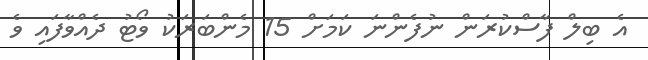
އެ ބިލް ފާސްކުރަން ނުފެންނަ ކަމަށް 15 މެންބަރަކު ވޯޓު ދެއްވާފައި ވެ